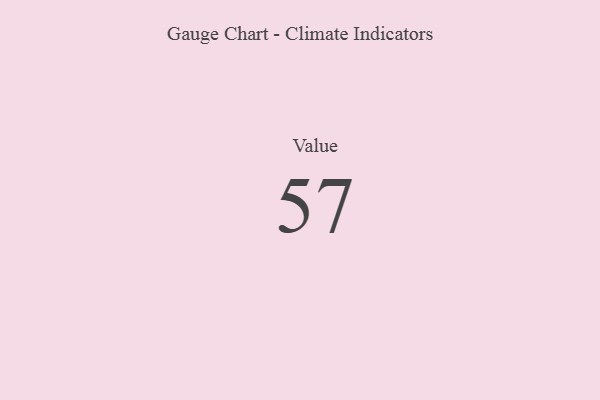
{"axis": {"x": "Metric", "y": "Value"}, "legend": [""], "data": [{"x": "Value", "y": 57, "type": ""}]}